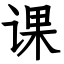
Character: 课